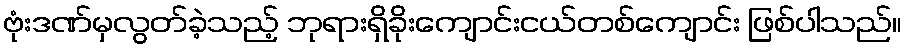
ဗုံးဒဏ်မှလွတ်ခဲ့သည့် ဘုရားရှိခိုးကျောင်းငယ်တစ်ကျောင်း ဖြစ်ပါသည်။